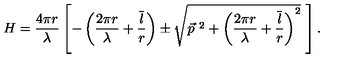
H = { \frac { 4 \pi r } { \lambda } } \left[ - \left( { \frac { 2 \pi r } { \lambda } } + { \frac { \overline { { l } } } { r } } \right) \pm \sqrt { \vec { p } ^ { \ 2 } + \left( { \frac { 2 \pi r } { \lambda } } + { \frac { \overline { { l } } } { r } } \right) ^ { 2 } } \ \right] .